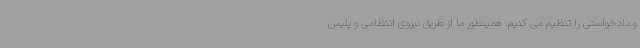
و دادخواستی را تنظیم می کنیم. همینطور ما از طریق نیروی انتظامی و پلیس